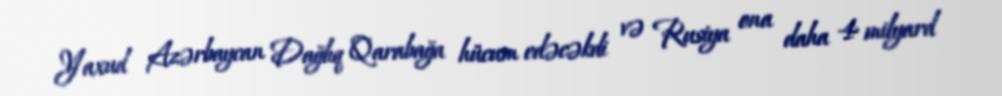
Yaxud Azərbaycan Dağlıq Qarabağa hücum edəcəkdi və Rusiya ona daha 4 milyard